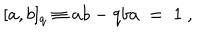
[ a , b ] _ { q } \equiv a b - q b a \ = \ 1 \ ,